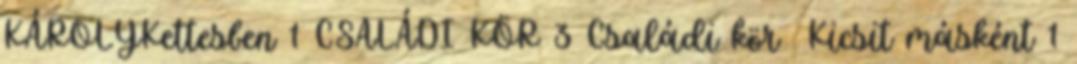
KÁROLYKettesben 1 CSALÁDI KÖR 3 Családi kör Kicsit másként 1